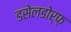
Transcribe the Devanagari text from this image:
डसेलडोर्फ़